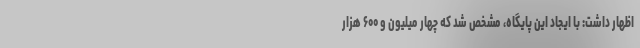
اظهار داشت: با ایجاد این پایگاه، مشخص شد که چهار میلیون و ۶۰۰ هزار